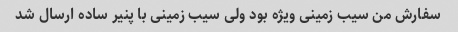
سفارش من سیب زمینی ویژه بود ولی سیب زمینی با پنیر ساده ارسال شد